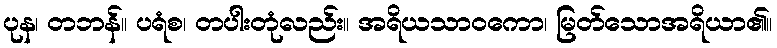
ပုန၊ တဘန်။ ပရံစ၊ တပါးတုံလည်း။ အရိယသာဝကော၊ မြတ်သောအရိယာ၏။